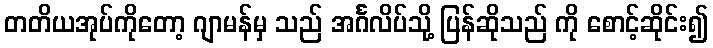
တတိယအုပ်ကိုတော့ ဂျာမန်မှ သည် အင်္ဂလိပ်သို့ ပြန်ဆိုသည် ကို စောင့်ဆိုင်း၍